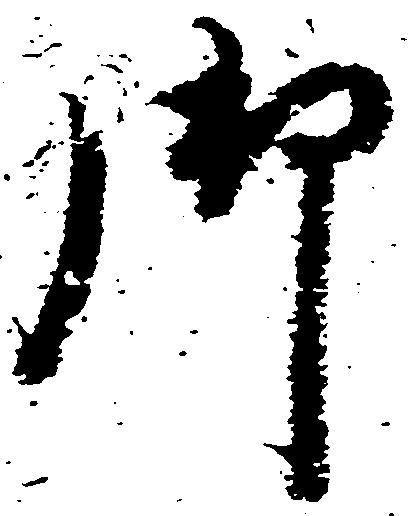
御